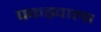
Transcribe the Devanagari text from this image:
पकड़वाला